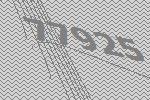
77925